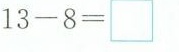
13-8=\Box